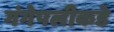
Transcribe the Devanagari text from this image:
गंगेपलीकडे